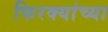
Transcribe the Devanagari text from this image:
फिरक्यांच्या